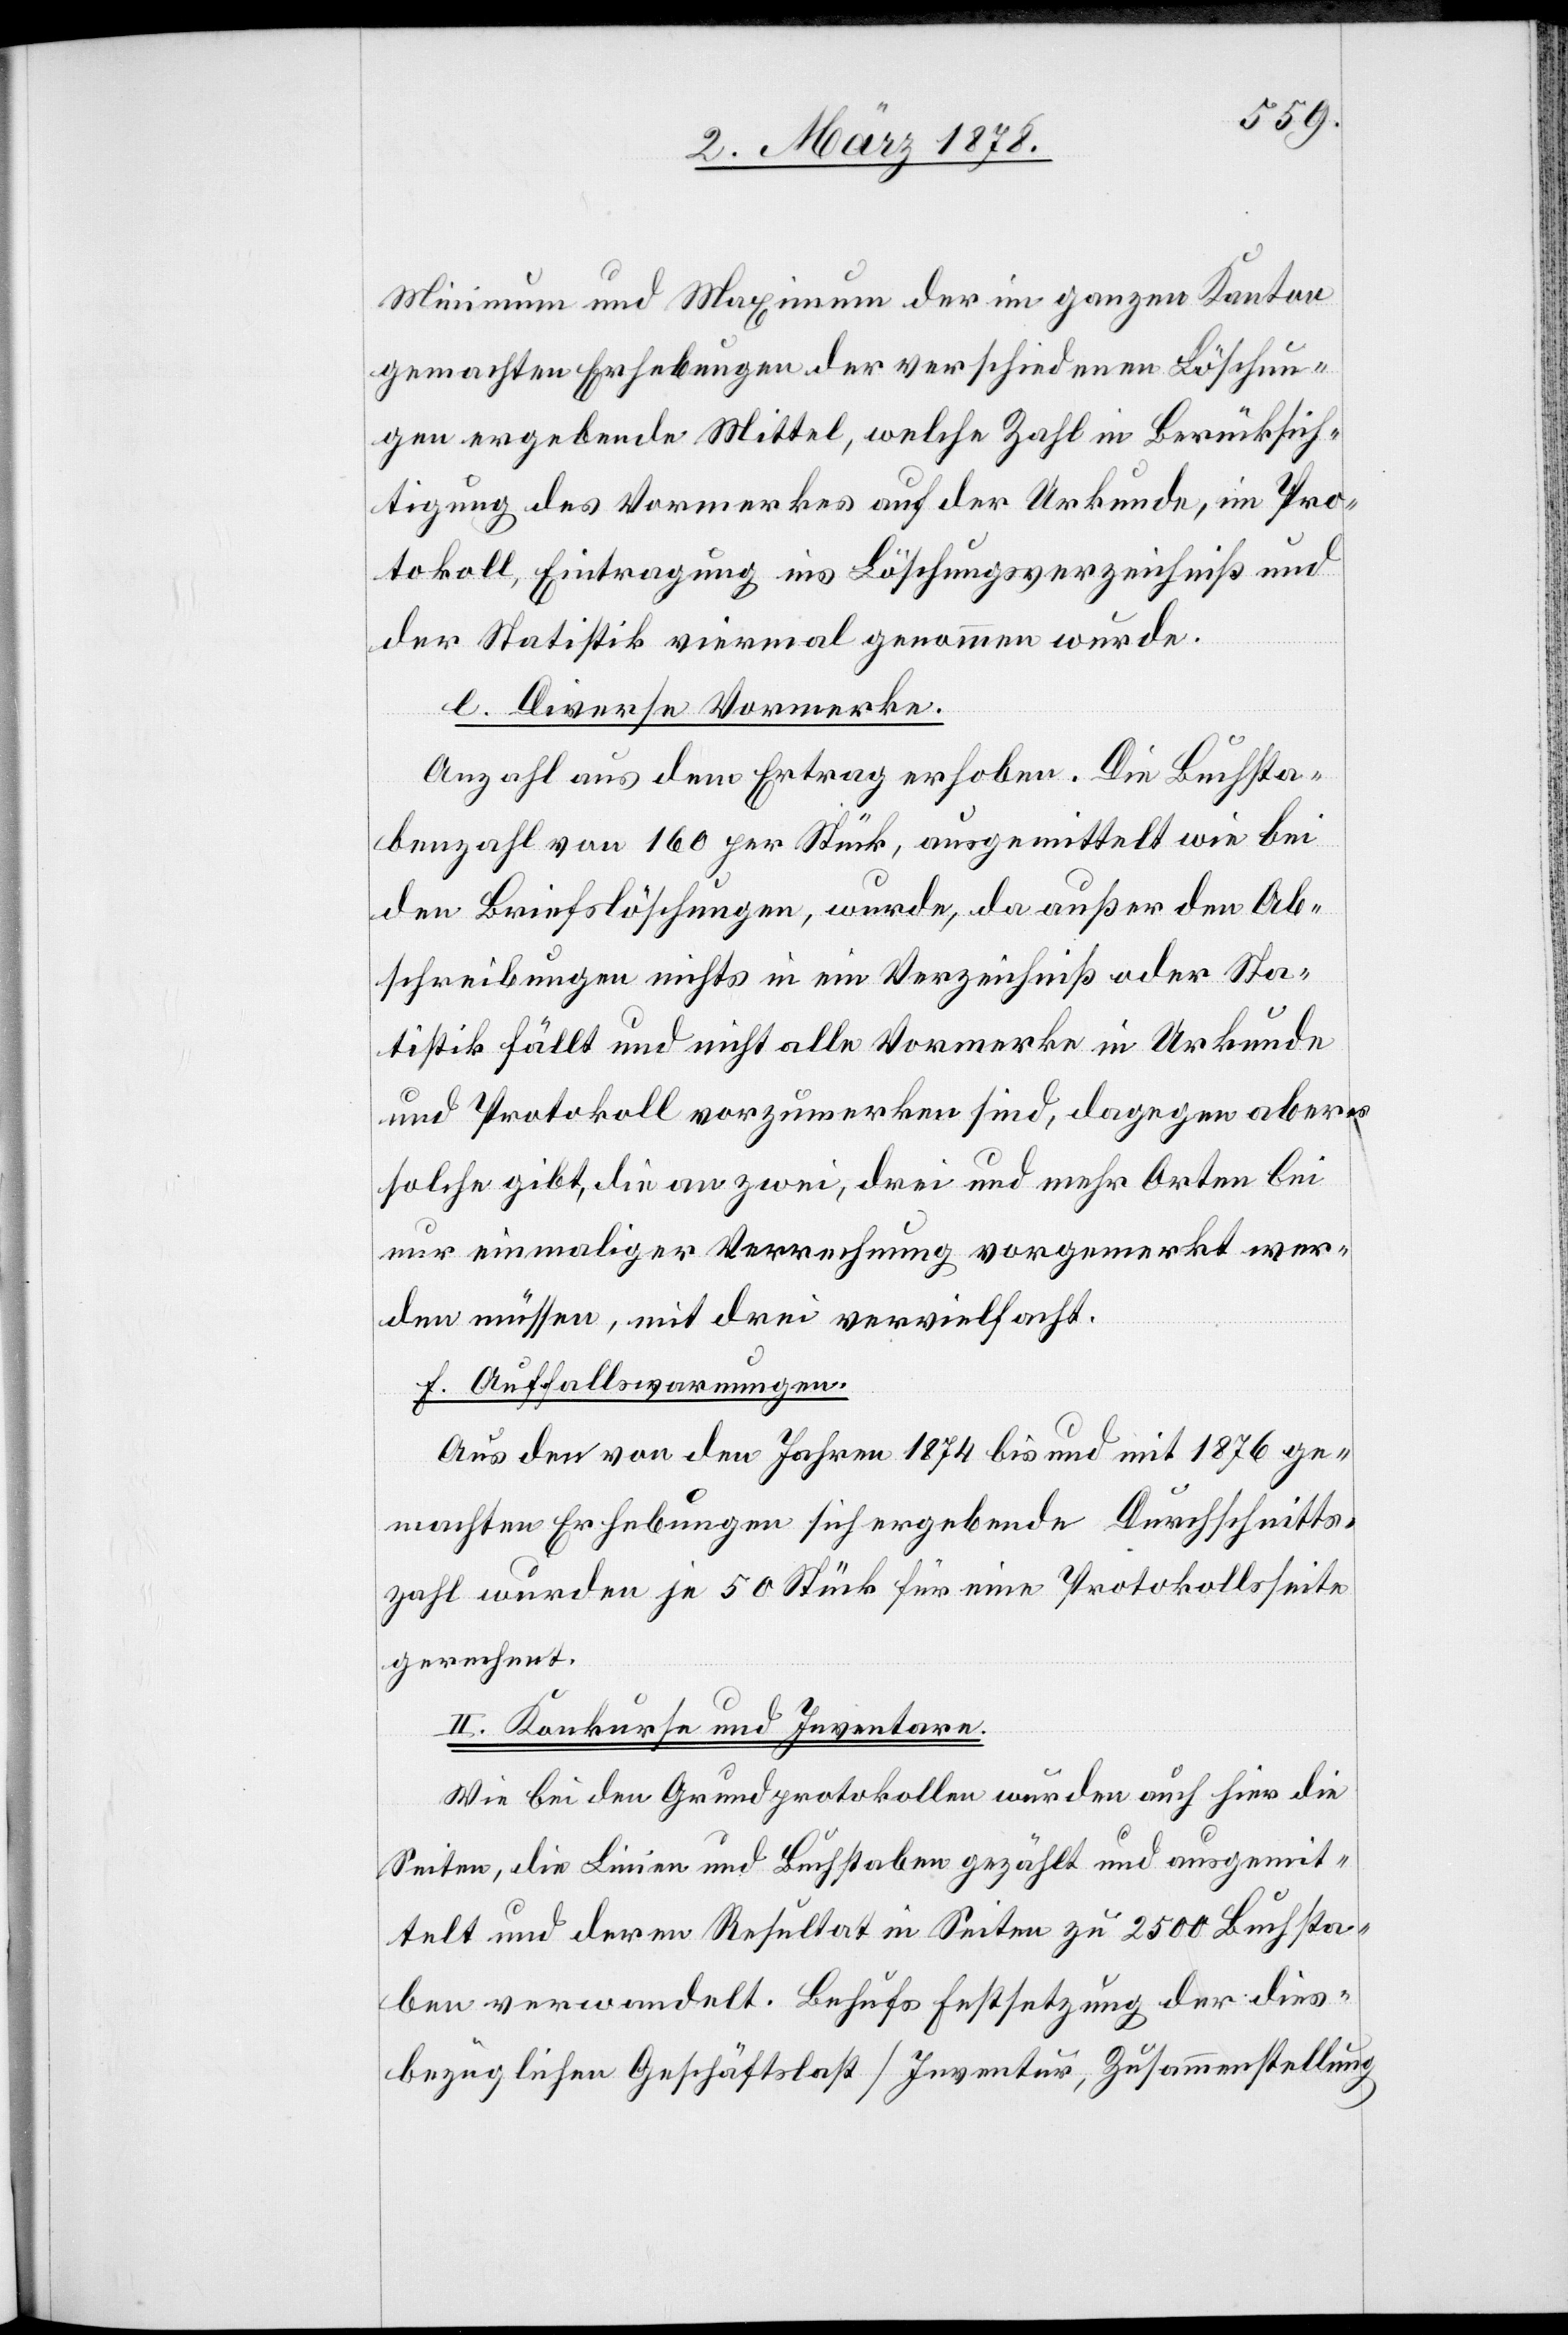
Minimum und Maximum der im ganzen Kanton
gemachten Erhebungen der verschiedenen Löschun¬
gen ergebende Mittel, welche Zahl in Berücksich¬
tigung des Vormerkes auf der Urkunde, im Pro¬
tokoll, Eintragung ins Löschungsverzeichniß und
der Statistik viermal genommen wurde.
e. Diverse Vormerke.
Anzahl aus dem Ertrag erhoben. Die Buchsta¬
benzahl von 160 per Stück, ausgemittelt wie bei
den Briefslöschungen, wurde, da außer den Ab¬
schreibungen nichts in ein Verzeichniß oder Sta¬
tistik fällt und nicht alle Vormerke in Urkunde
und Protokoll vorzumerken sind, dagegen aber es
solche gibt, die an zwei, drei und mehr Orten bei
nur einmaliger Verrechnung vorgemerkt wer¬
den müssen, mit drei vervielfacht.
f. Auffallswarnungen.
Aus den von den Jahren 1874 bis und mit 1876 ge¬
machten Erhebungen sich ergebende Durchschnitts¬
zahl wurden je 50 Stück für eine Protokollsseite
gerechnet.
III. Konkurse und Inventare.
Wie bei den Grundprotokollen wurden auch hier die
Seiten, die Linien und Buchstaben gezählt und ausgemit¬
telt und deren Resultat in Seiten zu 2500 Buchsta¬
ben verwandelt. Behufs Festsetzung der dies¬
bezüglichen Geschäftslast (Inventur, Zusammenstellung